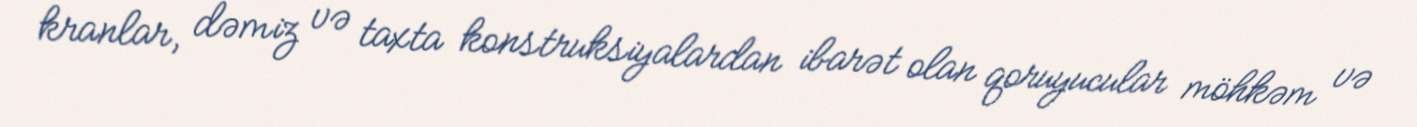
kranlar, dəmiz və taxta konstruksiyalardan ibarət olan qoruyucular möhkəm və